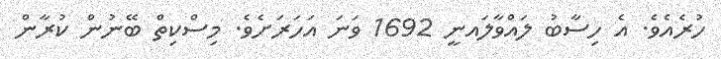
ހުރެއެވެ. އެ ހިސާބު ލައްވާލައނީ 1692 ވަނަ އަހަރަށެވެ. މިސްކިތް ބޭނުން ކުރާން